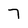
Character: 7